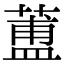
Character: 𦻌